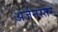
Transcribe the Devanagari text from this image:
अंर्जनस्तर